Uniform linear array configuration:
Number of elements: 8
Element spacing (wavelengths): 1
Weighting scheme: hamming
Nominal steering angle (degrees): -30
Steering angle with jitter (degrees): -29.15
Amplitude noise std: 0.05
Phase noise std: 0.05

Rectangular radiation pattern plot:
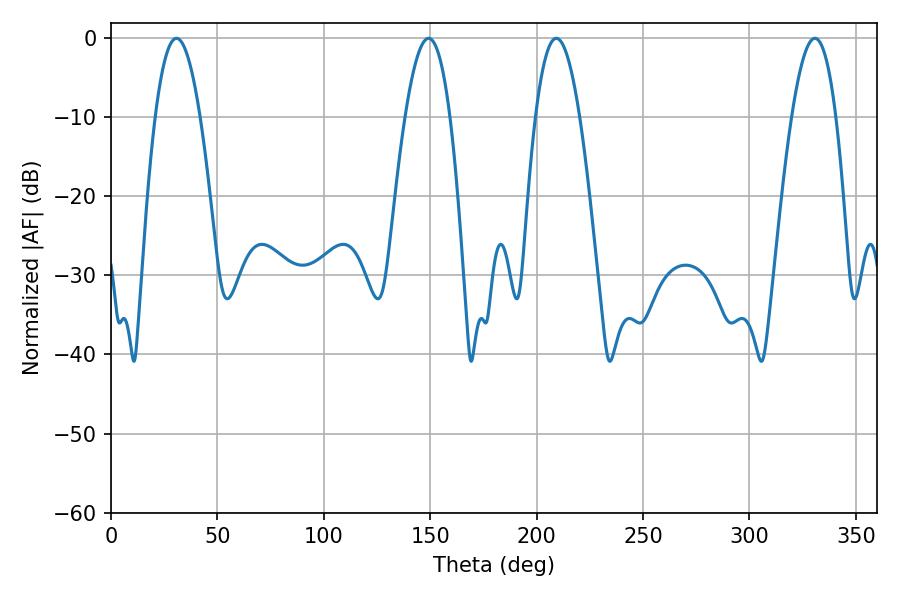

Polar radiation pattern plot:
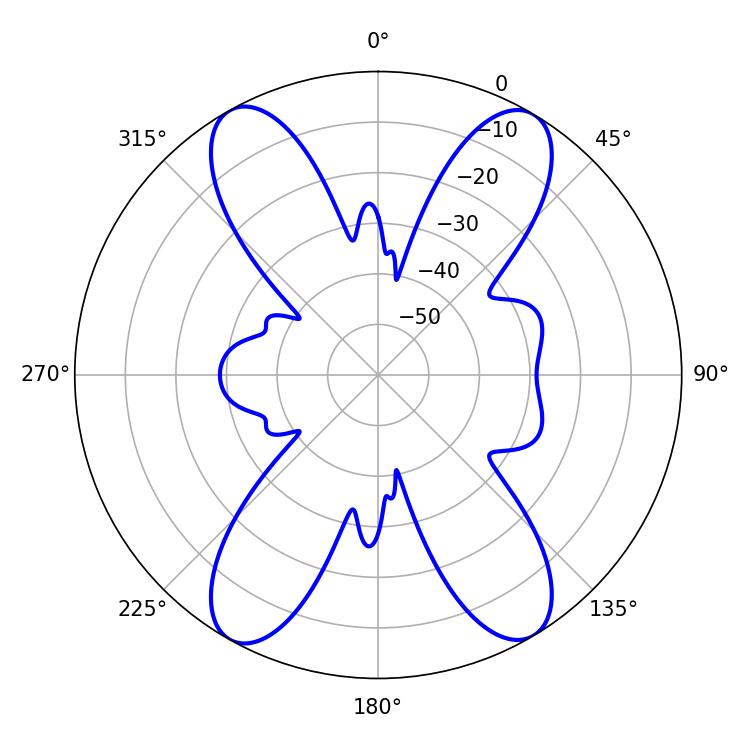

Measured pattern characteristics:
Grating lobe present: TRUE
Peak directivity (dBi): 21.459
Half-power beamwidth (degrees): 11.52
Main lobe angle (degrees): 30.78